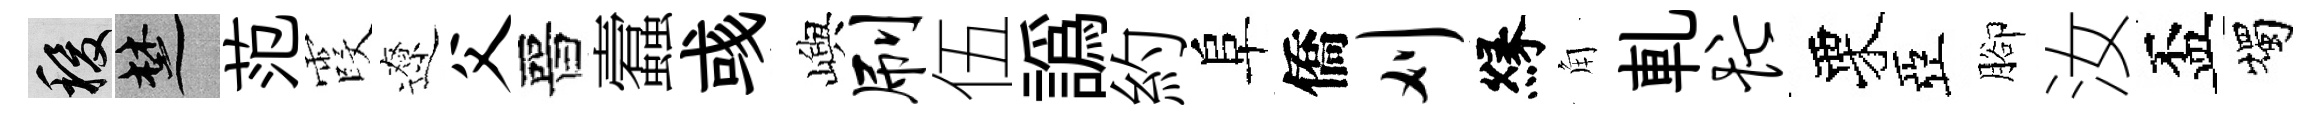
稷楚范霞遼父晉蠧彧嶼刷伍譌約阜僑刈縁角軋忙栗亞腳汝盃燭